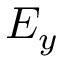
E _ { y }